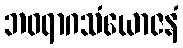
ဘဝရာဂသံယောဇနံ